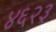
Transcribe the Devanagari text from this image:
४६२३